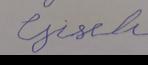
Signature authenticity: forged